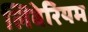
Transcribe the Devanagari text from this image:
लिबेरियम